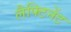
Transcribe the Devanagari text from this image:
लैफ्टिनेंट